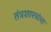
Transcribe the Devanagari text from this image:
तंत्रशास्त्रांचा